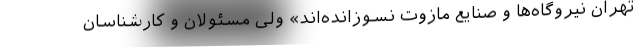
تهران نیروگاه‌ها و صنایع مازوت نسوزانده‌اند» ولی مسئولان و کارشناسان